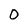
Character: 0